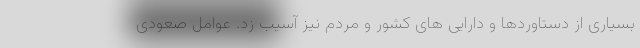
بسیاری از دستاوردها و دارایی های کشور و مردم نیز آسیب زد. عوامل صعودی